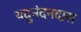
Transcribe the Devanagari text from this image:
यदुनंदनदास